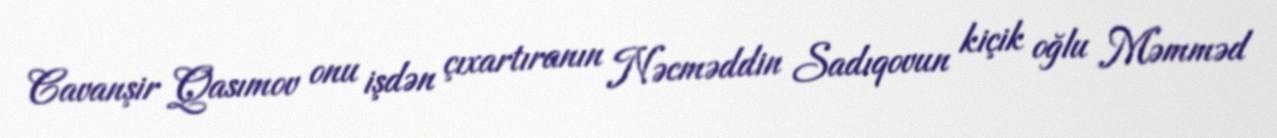
Cavanşir Qasımov onu işdən çıxartıranın Nəcməddin Sadıqovun kiçik oğlu Məmməd